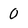
Character: 0